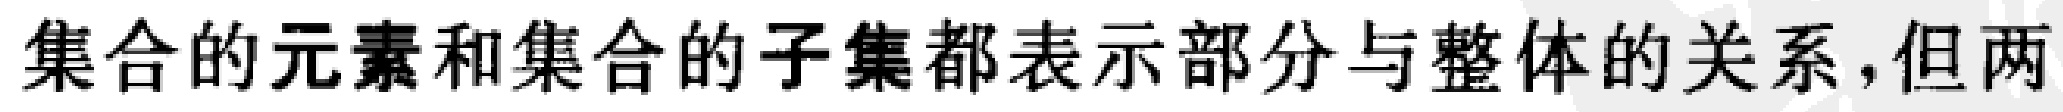
集合的元素和集合的子集都表示部分与整体的关系,但两